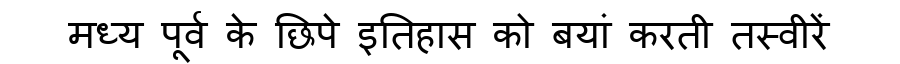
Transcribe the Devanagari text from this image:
मध्य पूर्व के छिपे इतिहास को बयां करती तस्वीरें